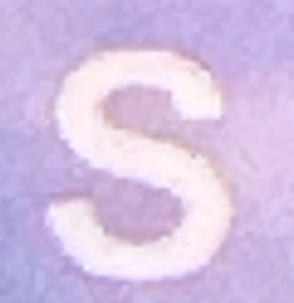
S